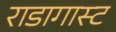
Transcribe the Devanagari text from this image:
राडागास्ट